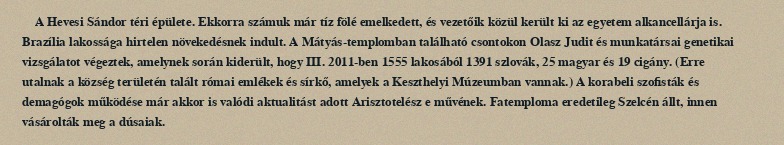
A Hevesi Sándor téri épülete. Ekkorra számuk már tíz fölé emelkedett, és vezetőik közül került ki az egyetem alkancellárja is. Brazília lakossága hirtelen növekedésnek indult. A Mátyás-templomban található csontokon Olasz Judit és munkatársai genetikai vizsgálatot végeztek, amelynek során kiderült, hogy III. 2011-ben 1555 lakosából 1391 szlovák, 25 magyar és 19 cigány. (Erre utalnak a község területén talált római emlékek és sírkő, amelyek a Keszthelyi Múzeumban vannak.) A korabeli szofisták és demagógok működése már akkor is valódi aktualitást adott Arisztotelész e művének. Fatemploma eredetileg Szelcén állt, innen vásárolták meg a dúsaiak.